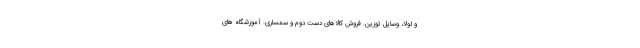
و لولا، وسایل توزین. فروش کالاهای دست دوم و سمساری. آموزشگاه های